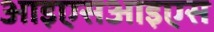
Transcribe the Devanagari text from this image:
आइएसआइएस